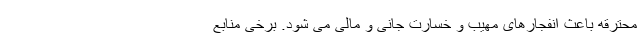
محترقه باعث انفجارهای مهیب و خسارت جانی و مالی می شود. برخی منابع